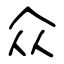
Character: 众